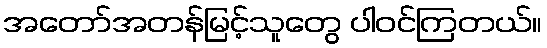
အတော်အတန်မြင့်သူတွေ ပါဝင်ကြတယ်။